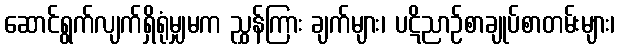
ဆောင်ရွက်လျက်ရှိရုံမျှမက ညွှန်ကြား ချက်များ၊ ပဋိညာဉ်စာချုပ်စာတမ်းများ၊